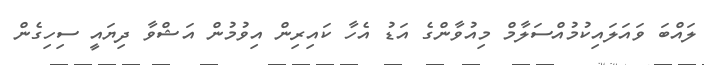
ލައްބަ ވައަލައިކުމުއްސަލާމް މިއުވާންގެ އަޑު އެހާ ކައިރިން އިވުމުން އަޝްވާ ދިޔައީ ސިހިގެން